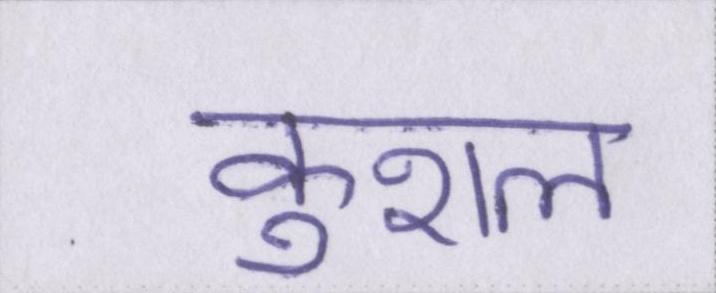
कुशल